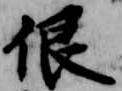
佷